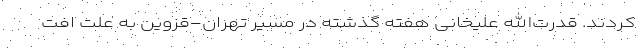
کردند. قدرت‌الله علیخانی هفته گذشته در مسیر تهران-قزوین به علت افت